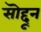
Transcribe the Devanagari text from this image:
सॊद्दून